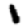
Digit: 1